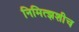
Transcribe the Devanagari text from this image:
निमित्झशीच